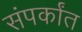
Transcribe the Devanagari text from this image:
संपर्कांत